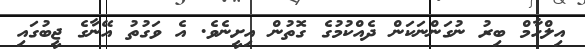
އިލްހާމް ބިރު ނުގަންނަކަން ދެއްކުމުގެ ގޮތުން އިށީނެވެ. އެ ވަގުތު އޭނާގެ ޖީބުގައި